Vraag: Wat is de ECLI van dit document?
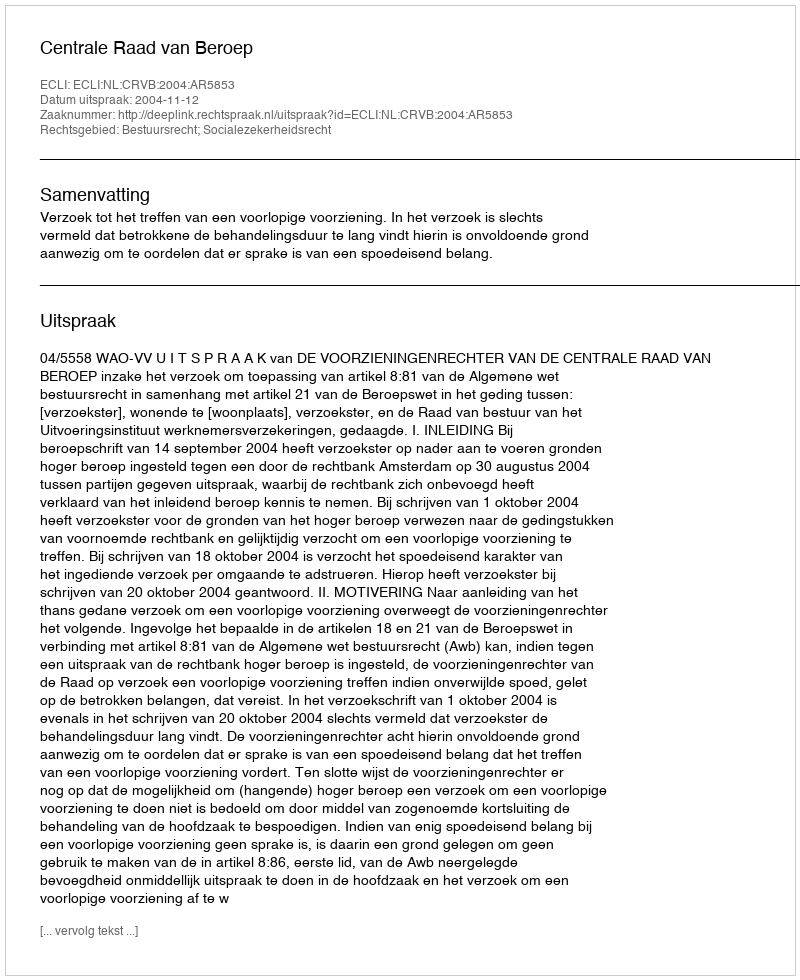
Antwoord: ECLI:NL:CRVB:2004:AR5853